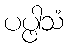
ပပ္ဖါသံ